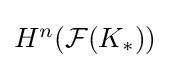
{\textstyle H^{n}({\mathcal {F}}(K_{\ast }))}